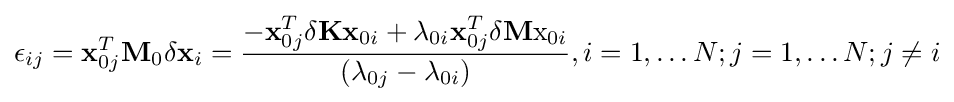
\epsilon _{ij}=\mathbf {x} _{0j}^{T}\mathbf {M} _{0}\delta \mathbf {x} _{i}={\frac {-\mathbf {x} _{0j}^{T}\delta \mathbf {K} \mathbf {x} _{0i}+\lambda _{0i}\mathbf {x} _{0j}^{T}\delta \mathbf {M} \mathrm {x} _{0i}}{(\lambda _{0j}-\lambda _{0i})}},i=1,\dots N;j=1,\dots N;j\neq i